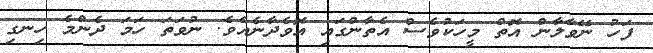
ފަހު ނޭވާލާން އޮތް މީހަކުވެސް އެތާންގައި އޮވެދާނެއެވެ. ނުވަތަ ހަމަ ދެންމެ ހިނގި